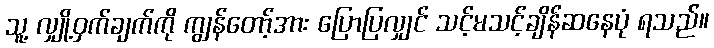
သူ့ လျှို့ဝှက်ချက်ကို ကျွန်တော့်အား ပြောပြလျှင် သင့်မသင့်ချိန်ဆနေပုံ ရသည်။